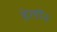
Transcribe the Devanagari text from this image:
हेलॉन